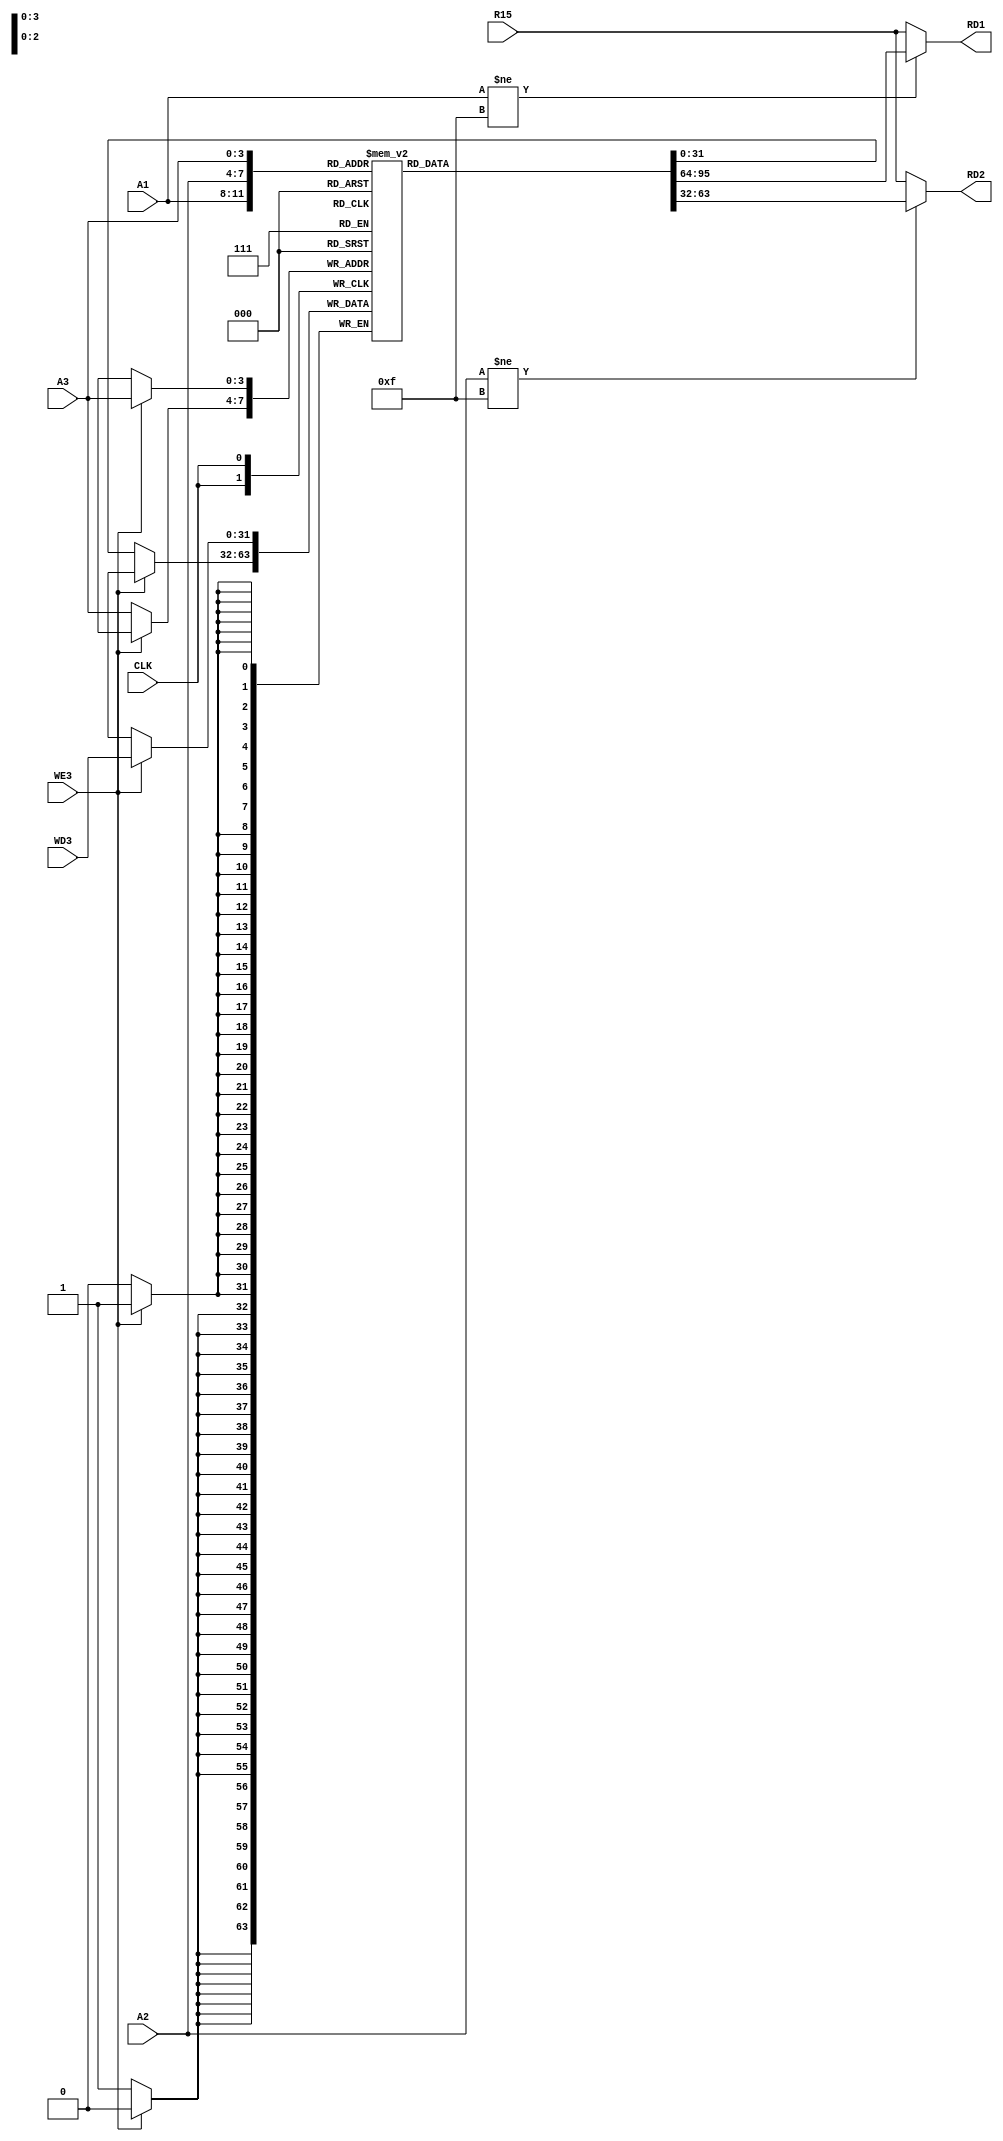
module RegisterFile(
    input CLK,
    input WE3,
    input [3:0] A1,
    input [3:0] A2,
    input [3:0] A3,
    input [31:0] WD3,
    input [31:0] R15,

    output [31:0] RD1,
    output [31:0] RD2
    );
    
    // declare RegBank
    reg [31:0] RegBank[0:14] ;

    // Read Operation: Combinational Logical
    assign RD1 = (A1 != 4'd15)? RegBank[A1]: R15;
    assign RD2 = (A2 != 4'd15)? RegBank[A2]: R15;

    // Write Operation: Sequential Logical
    always @(posedge CLK) begin
        if (WE3) begin
            RegBank[A3] <= WD3;
        end
        else begin
            RegBank[A3] <= RegBank[A3];
        end
    end
    
endmodule